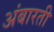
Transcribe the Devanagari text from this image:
अंबारती